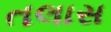
તલાસ